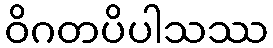
ဝိဂတပိပါသဿ